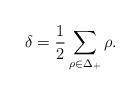
LaTeX: \begin{align*}\delta ={1\over2}\sum_{\rho\in\Delta_+}\rho.\end{align*}